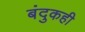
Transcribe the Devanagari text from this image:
बंदुकही